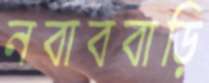
নবাববাড়ি